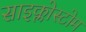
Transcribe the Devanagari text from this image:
साइक्लोस्टोम